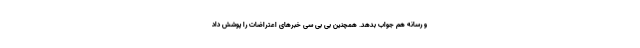
و رسانه هم جواب بدهد. همچنین بی بی سی خبرهای اعتراضات را پوشش داد